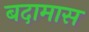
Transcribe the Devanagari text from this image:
बदामास